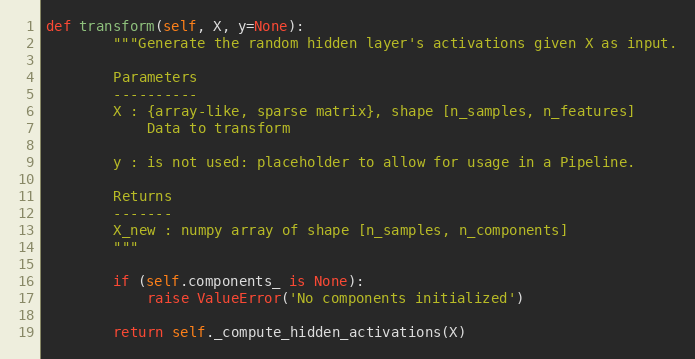
Language: Python
def transform(self, X, y=None):
        """Generate the random hidden layer's activations given X as input.

        Parameters
        ----------
        X : {array-like, sparse matrix}, shape [n_samples, n_features]
            Data to transform

        y : is not used: placeholder to allow for usage in a Pipeline.

        Returns
        -------
        X_new : numpy array of shape [n_samples, n_components]
        """

        if (self.components_ is None):
            raise ValueError('No components initialized')

        return self._compute_hidden_activations(X)